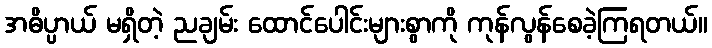
အဓိပ္ပာယ် မရှိတဲ့ ညချမ်း ထောင်ပေါင်းများစွာကို ကုန်လွန်စေခဲ့ကြရတယ်။